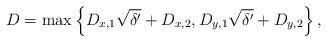
LaTeX: \begin{align*}D = \max\left\{ D_{x,1}\sqrt{\delta'}+D_{x,2}, D_{y,1}\sqrt{\delta'}+D_{y,2} \right\},\end{align*}